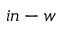
i n - w